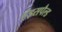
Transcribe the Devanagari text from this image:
हंड्सपैल्ड